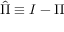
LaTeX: { \hat { \Pi } } \equiv I - \Pi